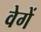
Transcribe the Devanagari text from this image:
वेगें